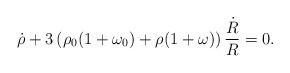
LaTeX: \begin{align*}\dot{\rho}+3 \left( \rho_0 (1+\omega_0)+\rho (1+\omega ) \right)\frac{\dot{R}}{R} = 0.\end{align*}